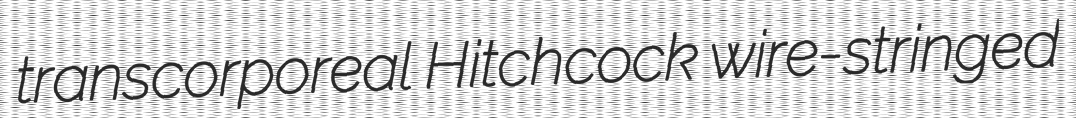
transcorporeal Hitchcock wire-stringed